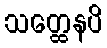
သတ္ထေနပိ